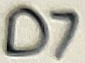
Text: D7